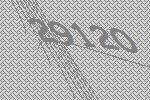
29120